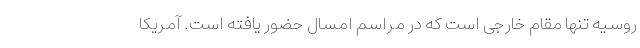
روسیه تنها مقام خارجی است که در مراسم امسال حضور یافته است. آمریکا